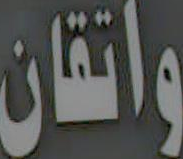
واتقان